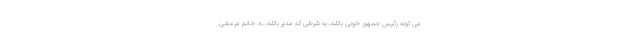
می تونه رئیس جمهور خوبی باشه، به شرطی که مدیر باشه...». خانم مرعشی